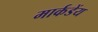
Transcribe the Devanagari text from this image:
मार्कडेंय